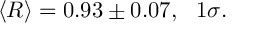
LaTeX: \langle R \rangle = 0 . 9 3 \pm 0 . 0 7 , \ \ 1 \sigma .